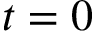
t = 0